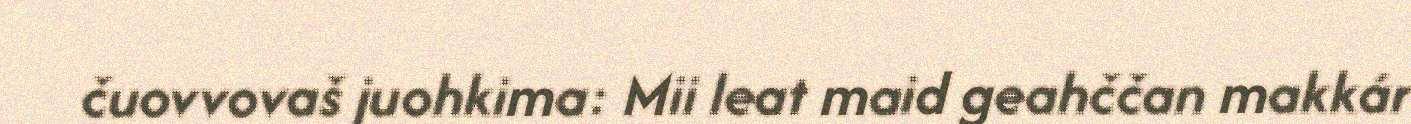
čuovvovaš juohkima: Mii leat maid geahččan makkár